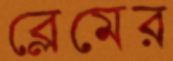
ব্লেমের